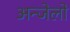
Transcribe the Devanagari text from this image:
अन्जेलो